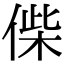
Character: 偨